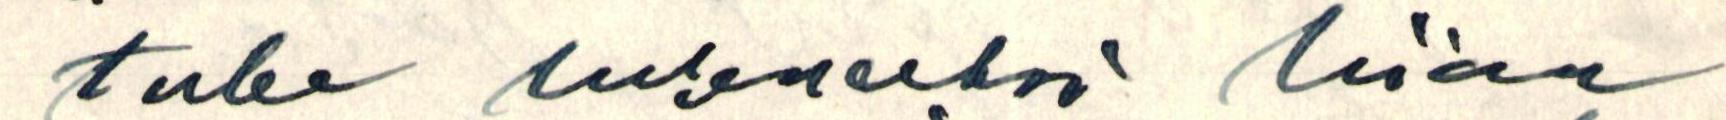
tulee lukeneeksi liian